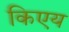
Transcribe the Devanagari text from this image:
किएय